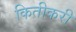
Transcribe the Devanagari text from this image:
कितीकरी